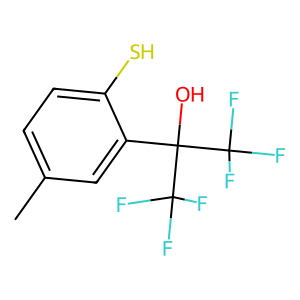
SMILES: Cc1ccc(S)c(C(O)(C(F)(F)F)C(F)(F)F)c1
Inhibits HIV replication: No